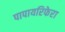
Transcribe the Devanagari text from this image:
पापायरिफेरा